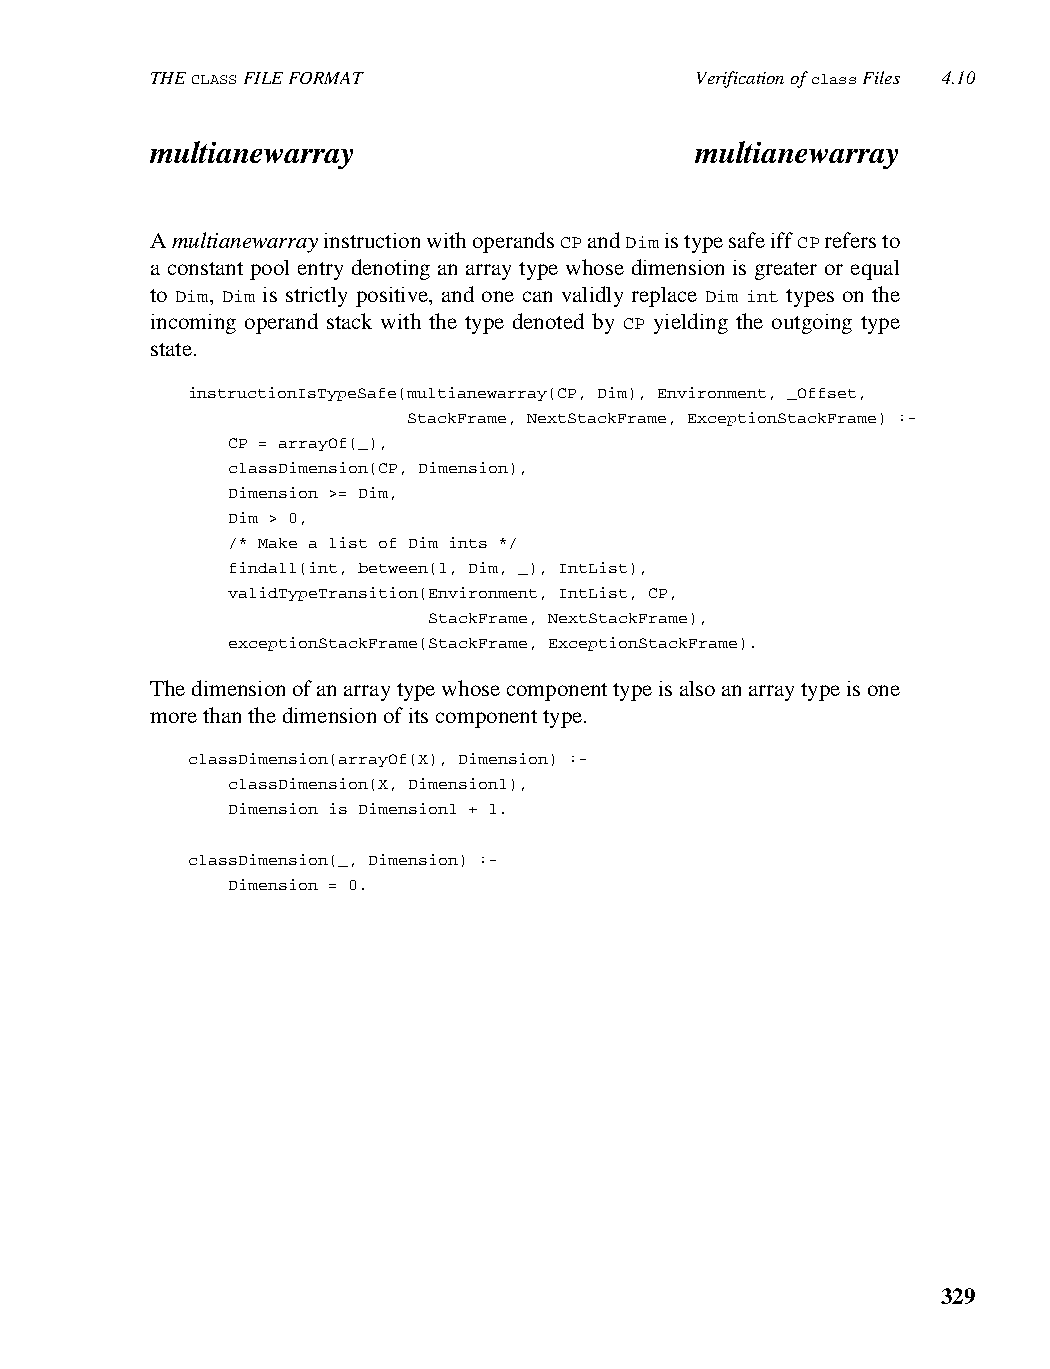
THE CLASS FILE FORMAT               Verification of class Files 4.10
 multianewarray                      multianewarray
 A multianewarray instruction with operands CP and Dim is type safe iff CP refers to
 a constant pool entry denoting an array type whose dimension is greater or equal
 to Dim, Dim is strictly positive, and one can validly replace Dim int types on the
 incoming operand stack with the type denoted by CP yielding the outgoing type
 state.
 instructionIsTypeSafe(multianewarray(CP, Dim), Environment, _Offset,
 StackFrame, NextStackFrame, ExceptionStackFrame) :-
 CP = arrayOf(_),
 classDimension(CP, Dimension),
 Dimension >= Dim,
 Dim > 0,
 /* Make a list of Dim ints */
 findall(int, between(1, Dim, _), IntList),
 validTypeTransition(Environment, IntList, CP,
 StackFrame, NextStackFrame),
 exceptionStackFrame(StackFrame, ExceptionStackFrame).
 The dimension of an array type whose component type is also an array type is one
 more than the dimension of its component type.
 classDimension(arrayOf(X), Dimension) :-
 classDimension(X, Dimension1),
 Dimension is Dimension1 + 1.
 classDimension(_, Dimension) :-
 Dimension = 0.
 329